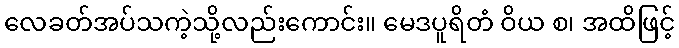
လေခတ်အပ်သကဲ့သို့လည်းကောင်း။ မေဒပူရိတံ ဝိယ စ၊ အထိဖြင့်